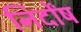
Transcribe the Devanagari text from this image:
निर्दोंष